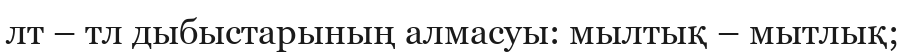
лт – тл дыбыстарының алмасуы: мылтық – мытлық;